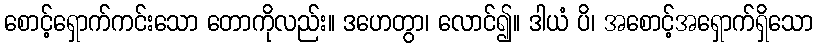
စောင့်ရှောက်ကင်းသော တောကိုလည်း။ ဒဟေတွာ၊ လောင်၍။ ဒါယံ ပိ၊ အစောင့်အရှောက်ရှိသော